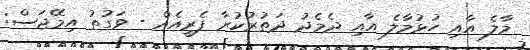
މާލެ އާއި ހުޅުމާލެ އާއި ދެމެދު ދަތުރުކުރާ ފެރީއެއް - ވަގުތު އިމޭޖަސް: